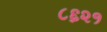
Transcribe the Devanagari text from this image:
८६२१